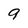
Character: 9